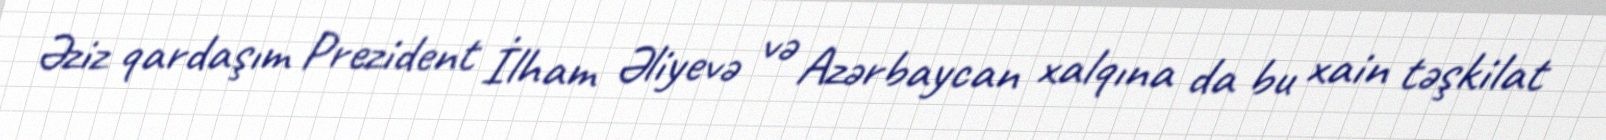
Əziz qardaşım Prezident İlham Əliyevə və Azərbaycan xalqına da bu xain təşkilat